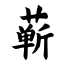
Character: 蕲